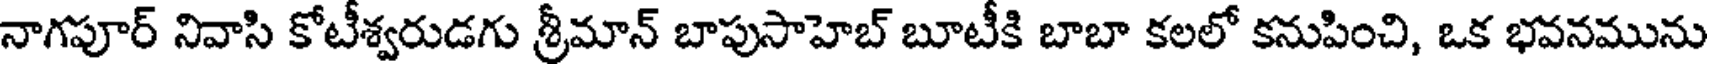
నాగపూర్ నివాసి కోటీశ్వరుడగు శ్రీమాన్ బాపుసాహెబ్ బూటీకి బాబా కలలో కనుపించి, ఒక భవనమును